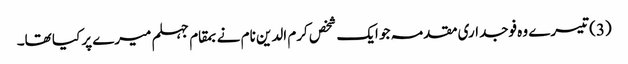
(3) تیسرے وہ فوجداری مقدمہ جو ایک شخص کرم الدین نام نے بمقام جہلم میرے پر کیا تھا۔